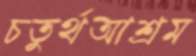
চতুর্থআশ্রম